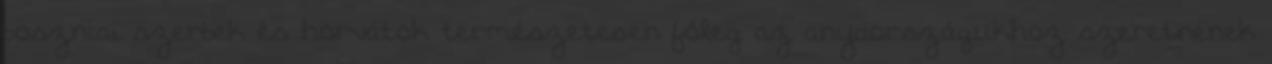
boszniai szerbek és horvátok természetesen főleg az anyaországukhoz szeretnének